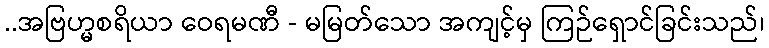
..အဗြဟ္မစရိယာ ဝေရမဏီ - မမြတ်သော အကျင့်မှ ကြဉ်ရှောင်ခြင်းသည်၊